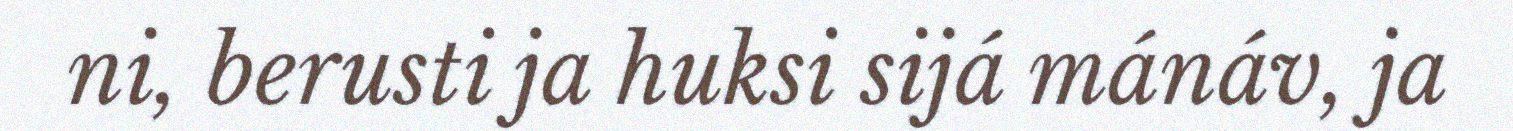
ni, berusti ja huksi sijá mánáv, ja